Leaving Certificate Examination, 1904
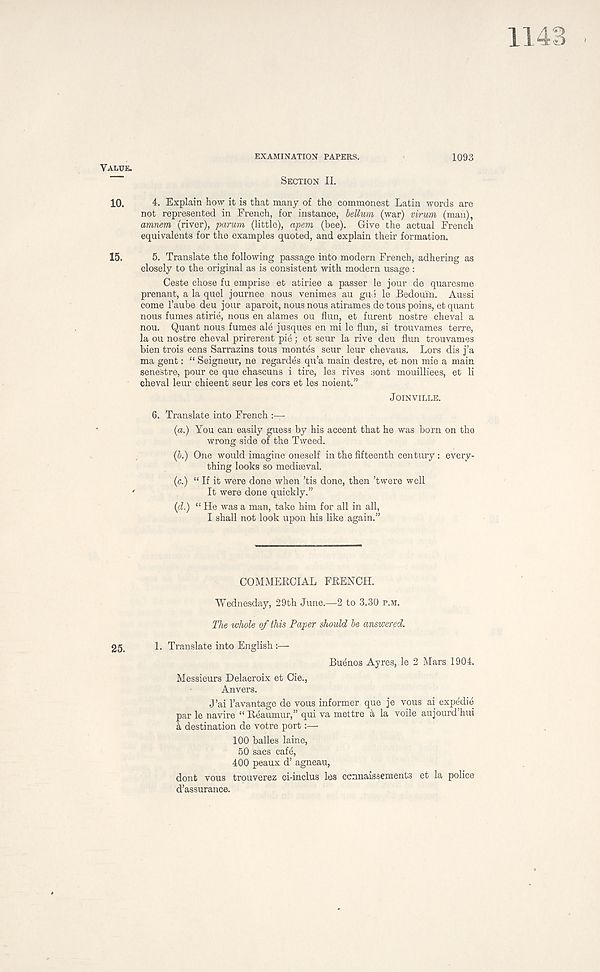
EXAMINATION PAPERS.
1093
SECTION II.
4. Explain how it is that many of the commonest Latin words are
not represented in French, for instance, helium (war) virum (man),
amnem (river), parum (little), apem (bee). Give the actual French
equivalents for the examples quoted, and explain their formation.
5. Translate the following passage into modern French, adhering as
closely to the original as is consistent with modern usage :
Ceste chose fu emprise et atiriee a passer le jour de quaresme
prenant, a la quel journee nous venimes au gud le Bedouin. Aussi
come Taube deu jour aparoit, nous nous atirames de tous poins, et quant
nous fumes atirie, nous en alames ou flun, et furent nostre cheval a
nou. Quant nous fumes ale jusques en mi le flun, si trouvames terre,
la ou nostre cheval prirerent pie; et seur la rive deu flun trouvames
bien trois cens Sarrazins tous montes seur leur chevaus. Lors dis j’a
ma gent: “ Seigneur, ne regardes qu’a main destre, et non mie a main
senestre, pour ce que chascuns i tire, les rives sont mouilliees, et li
cheval leur chieent seur les cors et les noient.”
JOINVILLE.
6. Translate into French
(a.) You can easily guess by his accent that he was born on the
wrong side of the Tweed.
(h.) One would imagine oneself in the fifteenth century: every-
thing looks so mediaeval.
(c.) “ If it were done when ’tis done, then ’twere well
It were done quickly.”
(d.) “ He was a man, take him for all in all,
I shall not look upon his like again.”
COMMERCIAL FRENCH.
Wednesday, 29th June.—2 to 3.30 P.M.
The whole of this Paper should he answered.
1. Translate into English :—
Buenos Ayres, le 2 Mars 1904.
Messieurs Delacroix et Cie.,
Anvers.
J’ai 1’avantage de vous informer que je vous ai expedie
par le navire “ Reaumur,” qui va mettre a la voile aujourd’hui
k destination de votre port:—
100 balles laine,
50 sacs cafe,
400 peaux d’ agneau,
dont vous trouverez ci-inclus les cennaissements et la police
d’assurance.